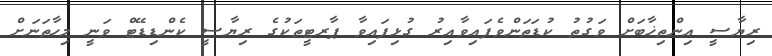
ރިޔާސީ އިންތިޚާބަށް ވަގުތު ކުޑަތަންވެފައިވާއިރު ގުޅިފައިވާ ޕާރޓީތަކުގެ ރިޔާސީ ކެންޑިޑޭޓް ވަނީ މިހާތަނަށް